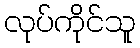
လုပ်ကိုင်သူ